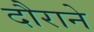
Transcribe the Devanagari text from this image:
दौराने